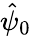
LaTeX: {\hat{\psi}}_{0}